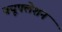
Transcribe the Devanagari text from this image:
क्यूफ्लेशन